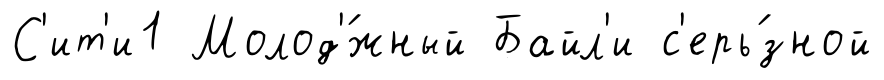
С'ит'и1 Молод'́жный Байл'и с'ерь́зной